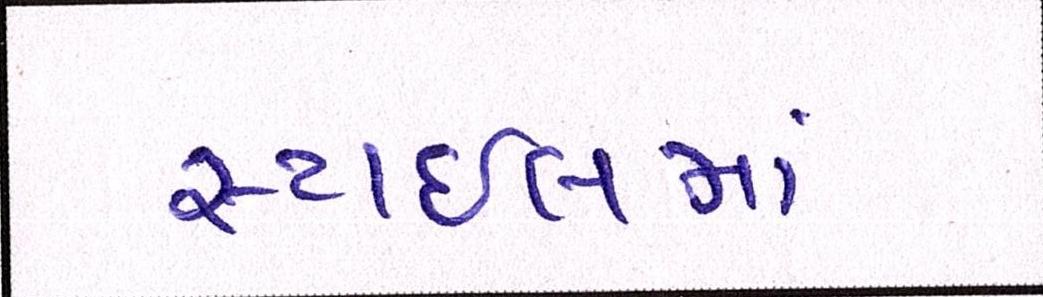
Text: સ્ટાઈલમાં